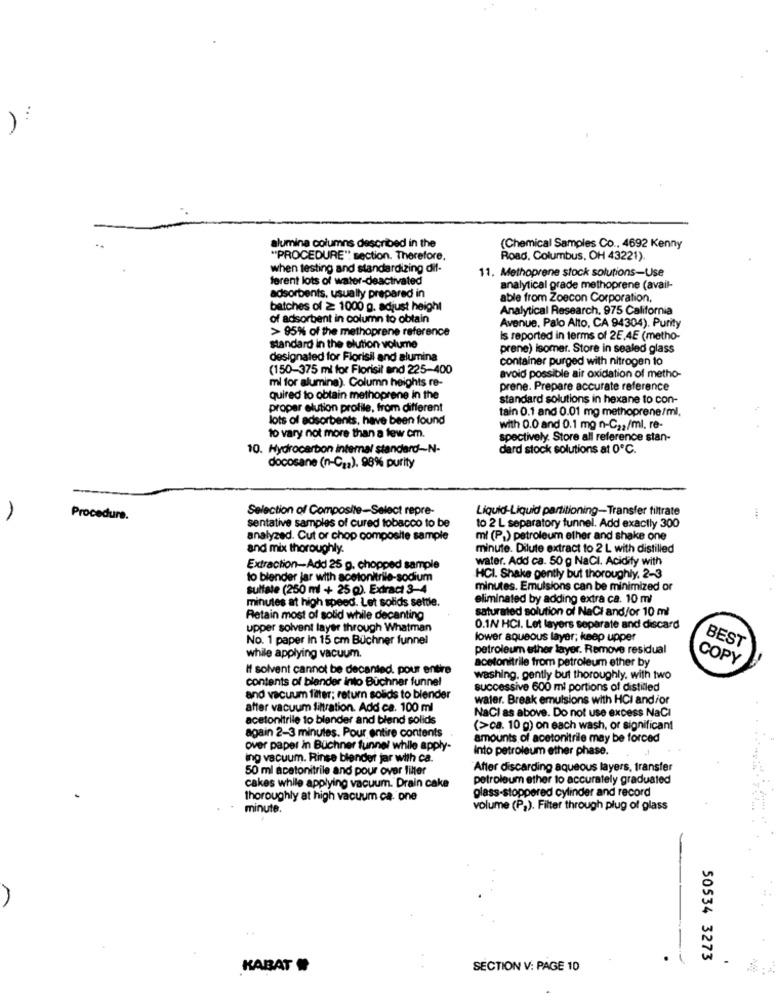
)
alumina columns described in the
(Chemical Samples Co ., 4692 Kenny
"PROCEDURE" section. Therefore,
Road, Columbus, OH 43221)
when testing and standardizing dif-
11. Methoprene stock solutions-Use
ferent lots of water-deactivated
analytical grade methoprene (avail-
adsorbents, usually prepared in
able from Zoecon Corporation,
batches of ≥ 1000 g. adjust height
Analytical Research. 975 California
of adsorbent in column to obtain
> 95% of the methoprene reference
Avenue, Palo Alto, CA 94304). Purity
Is reported in terms of 2E,4E (metho-
standard in the elution volume
prene) isomer. Store in sealed glass
designated for Florisil and alumina
container purged with nitrogen to
(150-375 ml for Florisil and 225-400
mi for alumina). Column heights re-
avoid possible air oxidation of metho-
prene. Prepare accurate reference
quired to obtain methoprene in the
standard solutions in hexane to con-
proper elution profile, from different
tain 0.1 and 0.01 mg methoprene/ml.
lots of adsorbents, have been found
with 0.0 and 0.1 mg n-C22/ml, re-
to vary not more than a few cm.
spectively. Store all reference stan-
10. Hydrocarbon internal standard-N-
dard stock solutions at 0℃.
docosane (n-Cz2). 98% purity
Selection of Composite-Select repre-
Liquid-Liquid partitioning-Transfer filtrate
A
Procedure.
sentative samples of cured tobacco to be
to 2 L separatory funnel. Add exactly 300
analyzed. Cut or chop composite sample
ml (P.) petroleum ether and shake one
and mix thoroughly.
minute. Dilute extract to 2 L with distilled
water. Add ca. 50 g NaCl. Acidity with
Extraction-Add 25 g. chopped sample
to blender jar with acetonitrile-sodium
HCI. Shake gently but thoroughly. 2-3
sulfate (250 ml + 25 g). Extract 3-4
minutes. Emulsions can be minimized or
minutes at high speed. Let solids settle.
eliminated by adding extra ca. 10 ml
saturated solution of NaCl and/or 10 ml
Retain most of solid while decanting
upper solvent layer through Whatman
0.1N/ HCI. Let layers separate and discard
No. 1 paper in 15 cm Büchner funnel
lower aqueous layer; keep upper
petroleum ether layer. Remove residual
BEST
while applying vacuum.
acetonitrile from petroleum ether by
COPY
If solvent cannot be decanted. pour entire
contents of blender into Büchner funnel
washing. gently but thoroughly. with two
successive 600 ml portions of distilled
and vacuum filter; return solids to blender
water. Break emulsions with HCI and/or
after vacuum filtration. Add ca. 100 ml
acetonitrile to blender and blend solids
NaCI as above. Do not use excess NaCl
(>ca. 10 g) on each wash, or significant
again 2-3 minutes. Pour entire contents
amounts of acetonitrile may be forced
over paper in Büchner funnel while apply-
Into petroleum ether phase.
ing vacuum. Rinse blender jar with ca.
50 ml acetonitrile and pour over filler
After discarding aqueous layers, transfer
petroleum ether to accurately graduated
cakes while applying vacuum. Drain cake
thoroughly at high vacuum ca. one
glass-stoppered cylinder and record
minute.
volume (P.). Filter through plug of glass
50534 3273
KABAT
SECTION V: PAGE 10